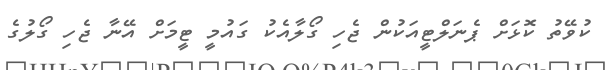
ކުވޭތު ކޮޅަށް ޕެނަލްޓީއަކުން ޖެހި ގޯލާއެކު ގައުމީ ޓީމަށް އޭނާ ޖެހި ގޯލުގެ